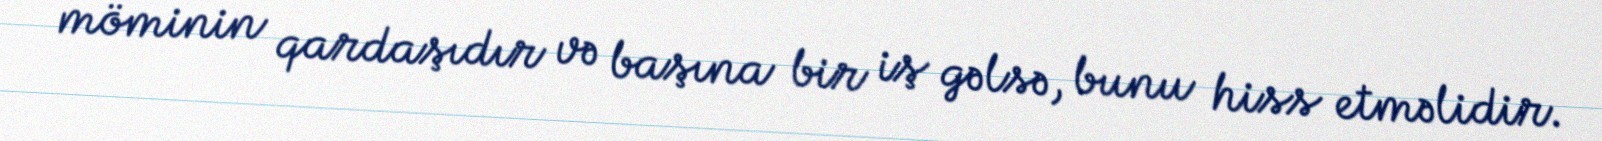
möminin qardaşıdır və başına bir iş gəlsə, bunu hiss etməlidir.